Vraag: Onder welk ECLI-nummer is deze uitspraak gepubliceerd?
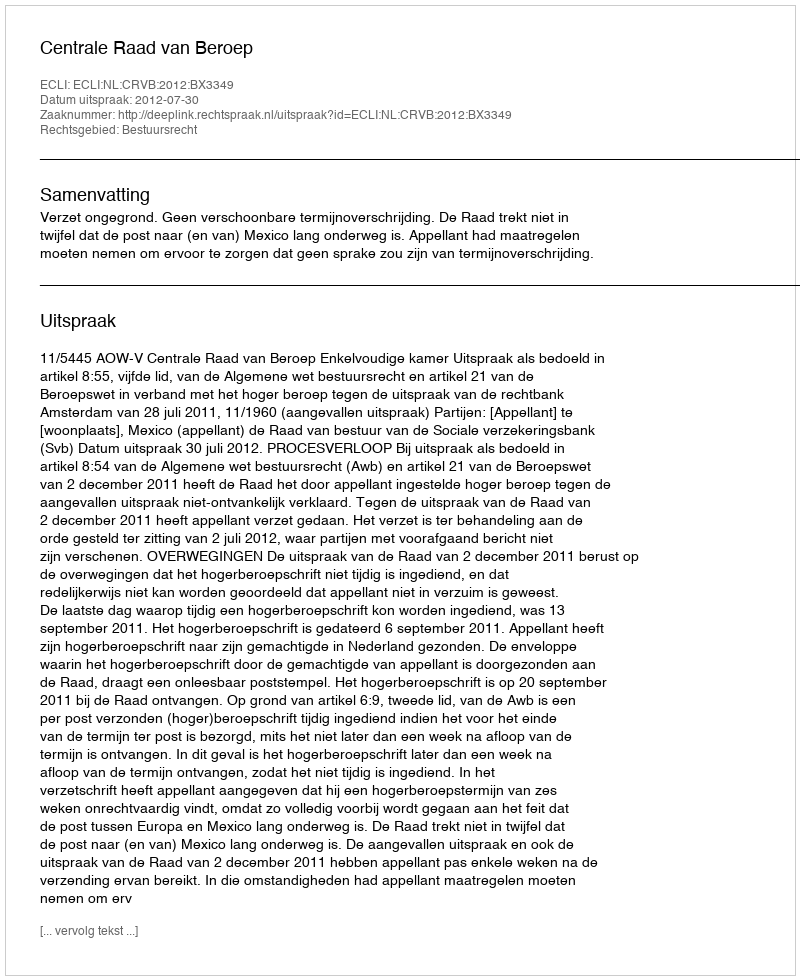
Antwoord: ECLI:NL:CRVB:2012:BX3349